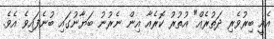
އެއީ ބިރުވެރި ދަތުރެއް" އުތުރު ކޮރެއާ އިން ނެރުނު ބަޔާނުގައި ބުނެފައިވެ އެވެ.